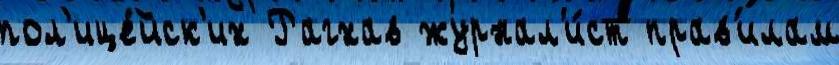
пол'ице́йск'их Рагхав журнал'и́ст прав'илам